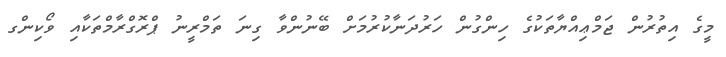
މީގެ އިތުރުން ޖަމްޢިއްޔާތަކުގެ ހިންގުން ހަރުދަނާކުރުމަށް ބޭނުންވާ ގިނަ ތަމްރީނު ޕްރޮގްރާމްތަކާއި ވޯކިންގ